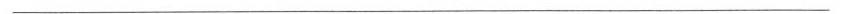
——————